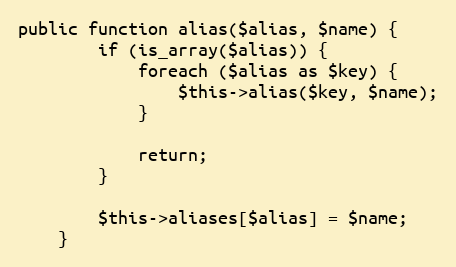
Language: PHP
public function alias($alias, $name) {
		if (is_array($alias)) {
			foreach ($alias as $key) {
				$this->alias($key, $name);
			}

			return;
		}

		$this->aliases[$alias] = $name;
	}